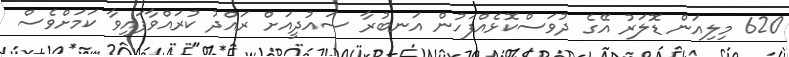
620 މިލިއަން ޑޮލަރު އޭގެ ދުވަސްކޮޅެއްފަހުން އަނބުރާ ސައުދީއަށް ރައްދު ކުރައްވާފައިވާ ކަމަށްވެސް